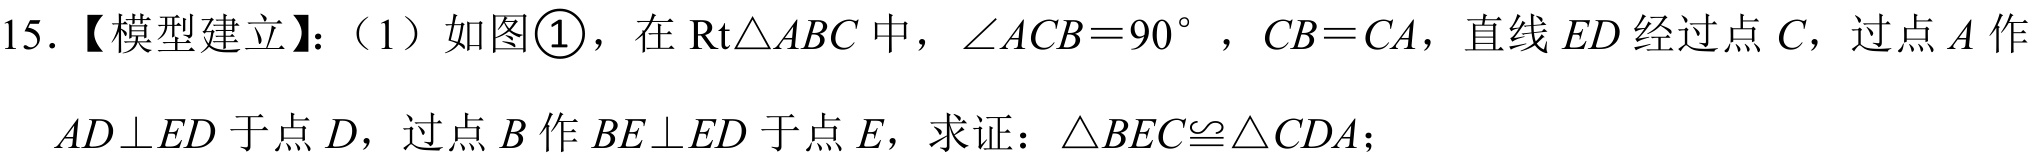
15.【模型建立】：（1）如图\textcircled{1}，在\(\text{Rt}\triangle ABC\)中，\(\angle ACB = 90^{\circ}\)，\(CB = CA\)，直线\(ED\)经过点\(C\)，过点\(A\)作\(AD\perp ED\)于点\(D\)，过点\(B\)作\(BE\perp ED\)于点\(E\)，求证：\(\triangle BEC\cong\triangle CDA\)；